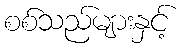
စစ်သည်များနှင့်